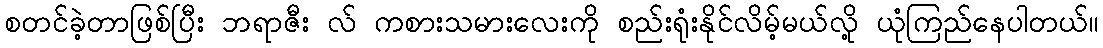
စတင်ခဲ့တာဖြစ်ပြီး ဘရာဇီး လ် ကစားသမားလေးကို စည်းရုံးနိုင်လိမ့်မယ်လို့ ယုံကြည်နေပါတယ်။